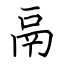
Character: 鬲